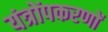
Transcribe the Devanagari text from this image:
यंत्रोंपकरणों